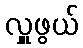
လှူဖွယ်